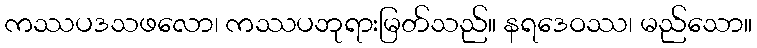
ကဿပဒသဖလော၊ ကဿပဘုရားမြတ်သည်။ နရဒေဝဿ၊ မည်သော။